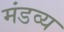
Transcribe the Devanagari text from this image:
मंडव्य